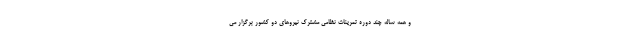
و همه ساله چند دوره تمرینات نظامی مشترک نیروهای دو کشور برگزار می